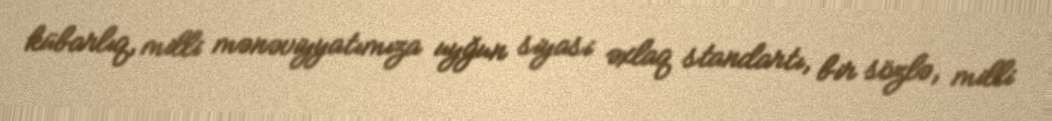
kübarlıq, milli mənəviyyatımıza uyğun siyasi əxlaq standartı, bir sözlə, milli